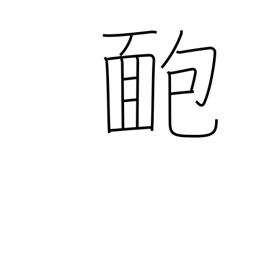
Meaning: pimple